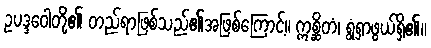
ဥပဒ္ဒဝေါတို့၏ တည်ရာဖြစ်သည်၏အဖြစ်ကြောင့်။ ဣစ္ဆိတံ၊ ရွံရှာဖွယ်ရှိ၏။